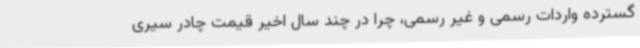
گسترده واردات رسمی و غیر رسمی، چرا در چند سال اخیر قیمت چادر سیری